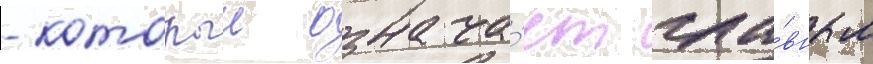
- которыи означа́ет гла́вным